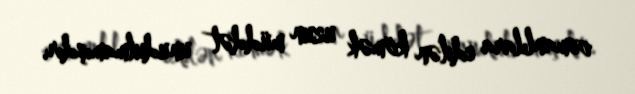
osmanlılara edilən kömək uzun müddət unudulmamışdır.